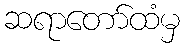
ဆရာတော်ထံမှ